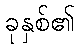
ခုနှစ်၏